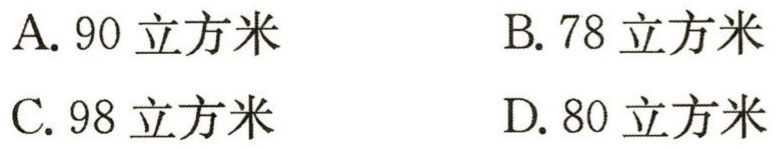
A. 90立方米

B. 78立方米

C. 98立方米

D. 80立方米